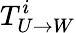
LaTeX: T_{U\rightarrow W}^{i}